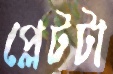
প্লেটটা